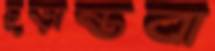
চূড়ান্তবা